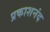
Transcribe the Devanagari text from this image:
प्रकाशनंद